Report on the lunatic asylums under the Government of Bombay - 1904-1913
Year: 1904
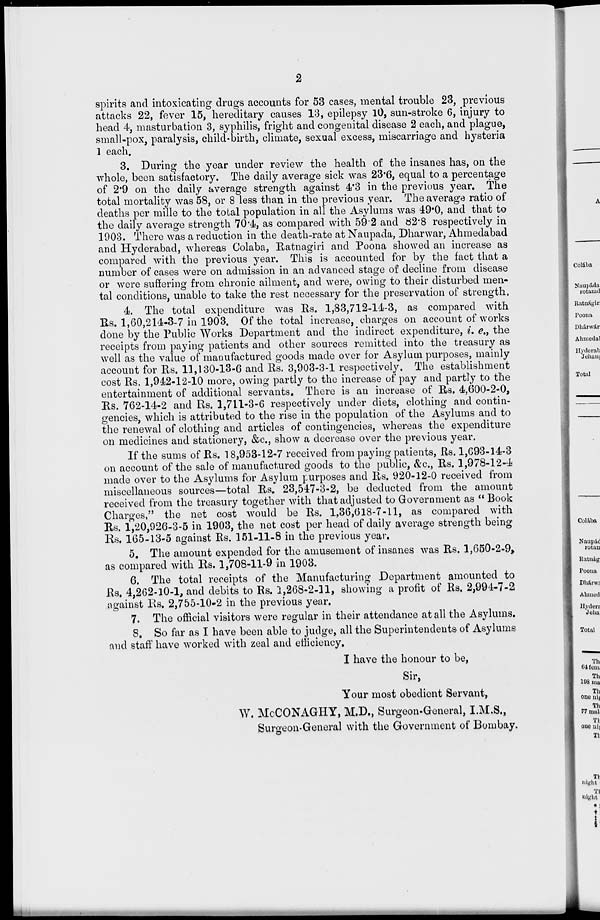
2
spirits and intoxicating drugs accounts for 53 cases, mental trouble 23, previous
attacks 22, fever 15, hereditary causes 13, epilepsy 10, sun-stroke 6, injury to
head 4, masturbation 3, syphilis, fright and congenital disease 2 each, and plague,
small-pox, paralysis, child-birth, climate, sexual excess, miscarriage and hysteria
1 each.
3. During the year under review the health of the insanes has, on the
whole, been satisfactory. The daily average sick was 23.6, equal to a percentage
of 2.9 on the daily average strength against 4.3 in the previous year. The
total mortality was 58, or 8 less than in the previous year. The average ratio of
deaths per mille to the total population in all the Asylums was 49.0, and that to
the daily average strength 70.4, as compared with 59.2 and 82.8 respectively in
1903. There was a reduction in the death-rate at Naupada, Dharwar, Ahmedabad
and Hyderabad, whereas Colaba, Ratnagiri and Poona showed an increase as
compared with the previous year. This is accounted for by the fact that a
number of cases were on admission in an advanced stage of decline from disease
or were suffering from chronic ailment, and were, owing to their disturbed men-
tal conditions, unable to take the rest necessary for the preservation of strength.
4. The total expenditure was Rs. 1,83,712-14-3, as compared with
Rs. 1,60,214-3-7 in 1903. Of the total increase, charges on account of works
done by the Public Works Department and the indirect expenditure, i. e., the
receipts from paying patients and other sources remitted into the treasury as
well as the value of manufactured goods made over for Asylum purposes, mainly
account for Rs. 11,130-13-6 and Rs. 3,903-3-1 respectively. The establishment
cost Rs. 1,942-12-10 more, owing partly to the increase of pay and partly to the
entertainment of additional servants. There is an increase of Rs. 4,600-2-0,
Rs. 762-14-2 and Rs. 1,711-3-6 respectively under diets, clothing and contin-
gencies, which is attributed to the rise in the population of the Asylums and to
the renewal of clothing and articles of contingencies, whereas the expenditure
on medicines and stationery, &c., show a decrease over the previous year.
If the sums of Rs. 18,953-12-7 received from paying patients, Rs. 1,693-14-3
on account of the sale of manufactured goods to the public, &c., Rs. 1,978-12-4
made over to the Asylums for Asylum purposes and Rs. 920-12-0 received from
miscellaneous sources—total Rs. 23,547-3-2, be deducted from the amount
received from the treasury together with that adjusted to Government as "Book
Charges," the net cost would be Rs. 1,36,618-7-11, as compared with
Rs. 1,20,926-3-5 in 1903, the net cost per head of daily average strength being
Rs. 165-13-5 against Rs. 151-11-8 in the previous year.
5. The amount expended for the amusement of insanes was Rs. 1,650-2-9,
as compared with Rs. 1,708-11-9 in 1903.
6. The total receipts of the Manufacturing Department amounted to
Rs. 4,262-10-1, and debits to Rs. 1,268-2-11, showing a profit of Rs. 2,994-7-2
against Rs. 2,755-10-2 in the previous year.
7. The official visitors were regular in their attendance at all the Asylums.
8. So far as I have been able to judge, all the Superintendents of Asylums
and staff have worked with zeal and efficiency.
I have the honour to be,
Sir,
Your most obedient Servant,
W. McCONAGHY, M.D., Surgeon-General, I.M.S.,
Surgeon-General with the Government of Bombay.